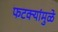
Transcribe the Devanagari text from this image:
फटक्यांमुळे